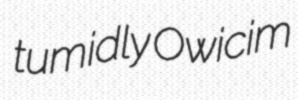
tumidly Owicim